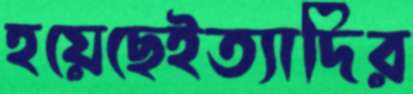
হয়েছেইত্যাদির